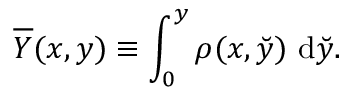
\overline { { Y } } ( x , y ) \equiv \int _ { 0 } ^ { y } \rho ( x , \breve { y } ) \ \mathrm { d } \breve { y } .